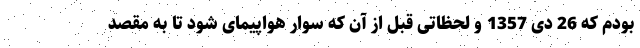
بودم که 26 دی 1357 و لحظاتی قبل از آن که سوار هواپیمای شود تا به مقصد